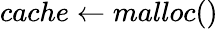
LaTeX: cache\gets malloc()